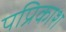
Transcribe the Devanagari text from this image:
पप्रिकाश